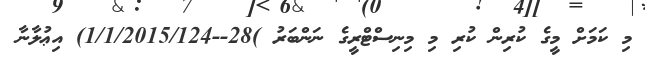
މި ކަމަށް މީގެ ކުރިން ކުރި މި މިނިސްޓްރީގެ ނަންބަރު )28--1/1/2015/124) އިޢުލާނާ